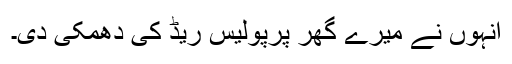
انہوں نے میرے گھر پرپولیس ریڈ کی دھمکی دی۔